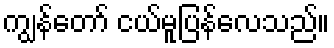
ကျွန်တော် ငယ်မူပြန်လေသည်။